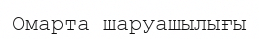
Омарта шаруашылығы